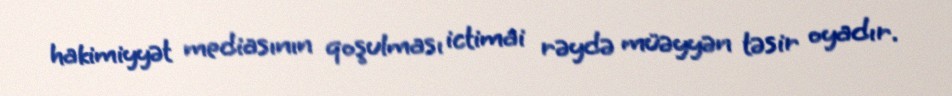
hakimiyyət mediasının qoşulması ictimai rəydə müəyyən təsir oyadır.